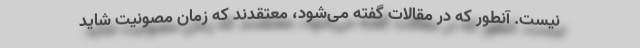
نیست. آنطور که در مقالات گفته می‌شود، معتقدند که زمان مصونیت شاید